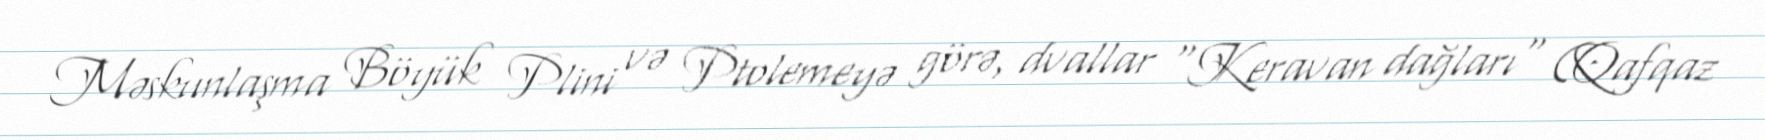
Məskunlaşma Böyük Plini və Ptolemeyə görə, dvallar "Keravan dağları" (Qafqaz